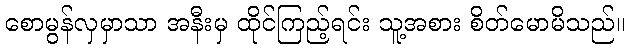
စောမွန်လှမှာသာ အနီးမှ ထိုင်ကြည့်ရင်း သူ့အစား စိတ်မောမိသည်။